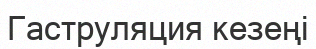
Гаструляция кезеңі